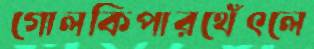
গোলকিপারথেঁৎলে